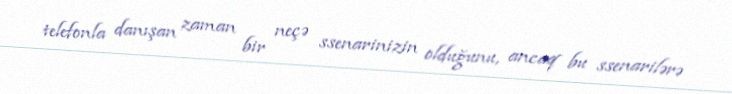
telefonla danışan zaman bir neçə ssenarinizin olduğunu, ancaq bu ssenarilərə